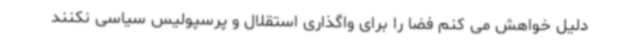
دلیل خواهش می کنم فضا را برای واگذاری استقلال و پرسپولیس سیاسی نکنند